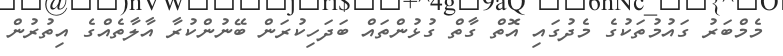
މެމްބަރު ގައުމުތަކުގެ މެދުގައި އޮތް ގާތް ގުޅުންތައް ބަދަހިކުރަން ބޭނުންކުރާ އާލާތެއްގެ އިތުރުން